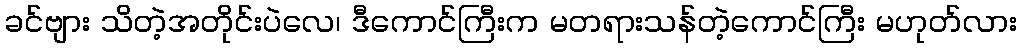
ခင်ဗျား သိတဲ့အတိုင်းပဲလေ၊ ဒီကောင်ကြီးက မတရားသန်တဲ့ကောင်ကြီး မဟုတ်လား